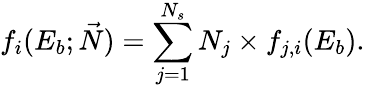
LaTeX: f_{i}(E_{b};\vec{N})=\sum_{j=1}^{N_{s}}N_{j}\times f_{j,i}(E_{b}).